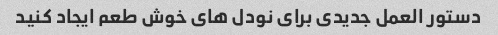
دستور العمل جدیدی برای نودل های خوش طعم ایجاد کنید